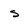
Character: s